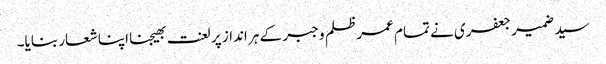
سید ضمیر جعفری نے تمام عمر ظلم و جبر کے ہر انداز پر لعنت بھیجنا اپنا شعار بنایا۔